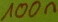
Text: 100n